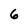
Character: 6